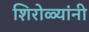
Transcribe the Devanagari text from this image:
शिरोळ्यांनी